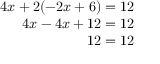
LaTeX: \begin{array} { r } { 4 x + 2 ( - 2 x + 6 ) = 1 2 } \\ { 4 x - 4 x + 1 2 = 1 2 } \\ { 1 2 = 1 2 } \end{array}